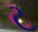
ટ